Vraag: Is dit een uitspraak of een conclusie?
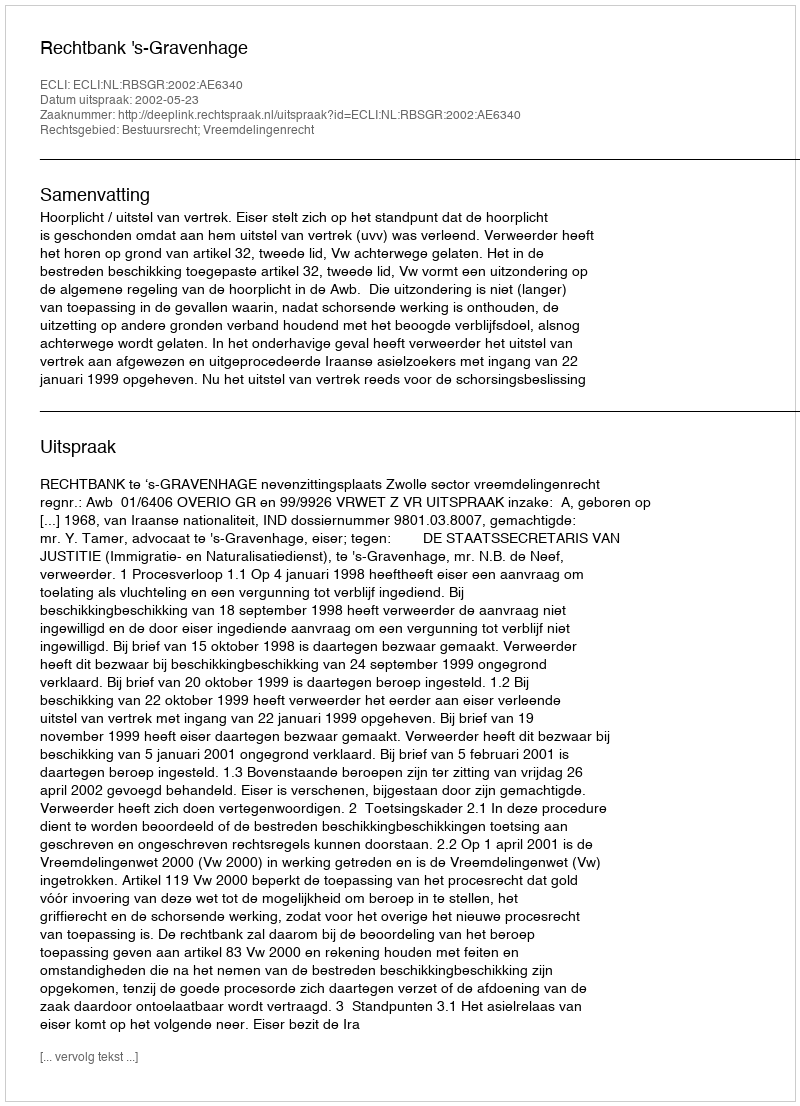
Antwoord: Uitspraak